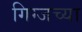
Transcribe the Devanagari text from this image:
गिग्जच्या